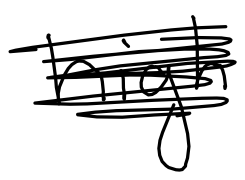
Text: high
Cross-out: scratch
Writing tool: digital_black